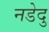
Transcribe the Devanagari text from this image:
नडेदु